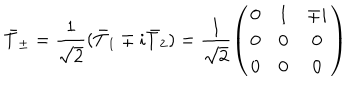
LaTeX: \bar { T } _ { \pm } = \frac { 1 } { \sqrt { 2 } } ( \bar { T } _ { 1 } \mp i \bar { T } _ { 2 } ) = \frac { 1 } { \sqrt { 2 } } \left( \begin{array} { c c c } { { 0 } } & { { 1 } } & { { \mp i } } \\ { { 0 } } & { { 0 } } & { { 0 } } \\ { { 0 } } & { { 0 } } & { { 0 } } \\ \end{array} \right)